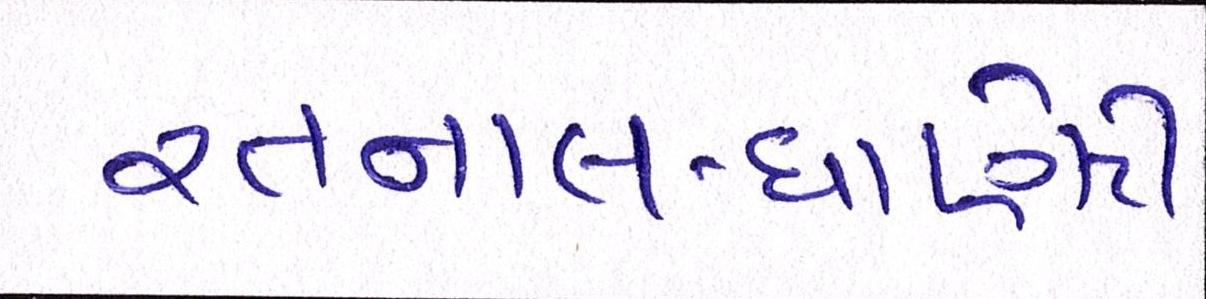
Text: રતનાલ-ધાણેટી